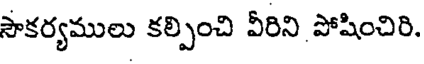
సౌకర్యములు కల్పించి వీరిని పోషించిరి.